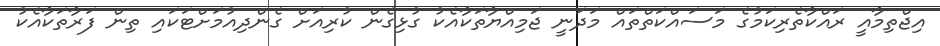
އިޖްތިމާއީ ރައްކާތެރިކަމުގެ މަސައްކަތްތައް މަދަނީ ޖަމިއްޔާތަކާއެކު ގުޅިގެން ކުރިއަށް ގެންދިއުމަށްޓަކައި ތިން ފަރާތަކާއެކު